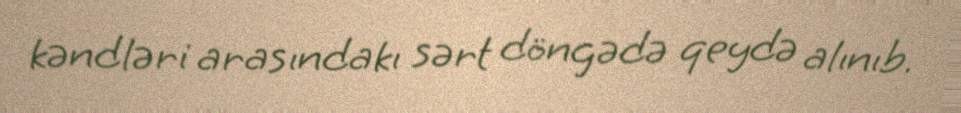
kəndləri arasındakı sərt döngədə qeydə alınıb.